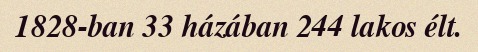
1828-ban 33 házában 244 lakos élt.